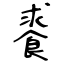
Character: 𩛰